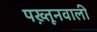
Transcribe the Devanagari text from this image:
पख़्तूनवाली